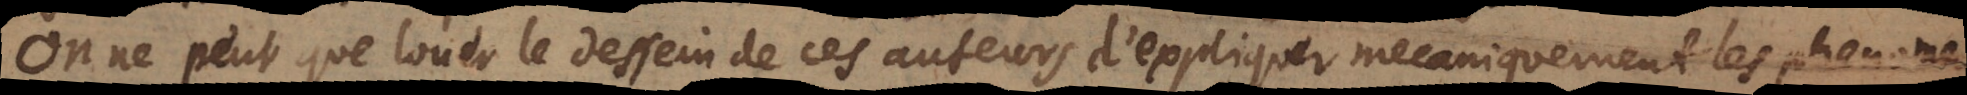
On ne peut que louer le dessein de ces auteurs d’expliquer mecaniquement les phenomenes